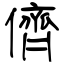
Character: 儕